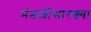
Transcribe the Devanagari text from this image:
मंडळींसारख्या